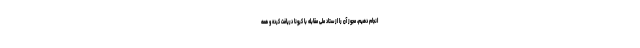
انجام دهیم، مجوز آن را از ستاد ملی مقابله با کرونا دریافت کرده و همه